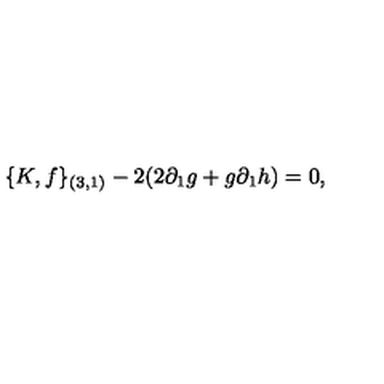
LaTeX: \{ K , f \} _ { ( 3 , 1 ) } - 2 ( 2 \partial _ { 1 } g + g \partial _ { 1 } h ) = 0 ,